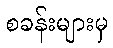
စခန်းများမှ